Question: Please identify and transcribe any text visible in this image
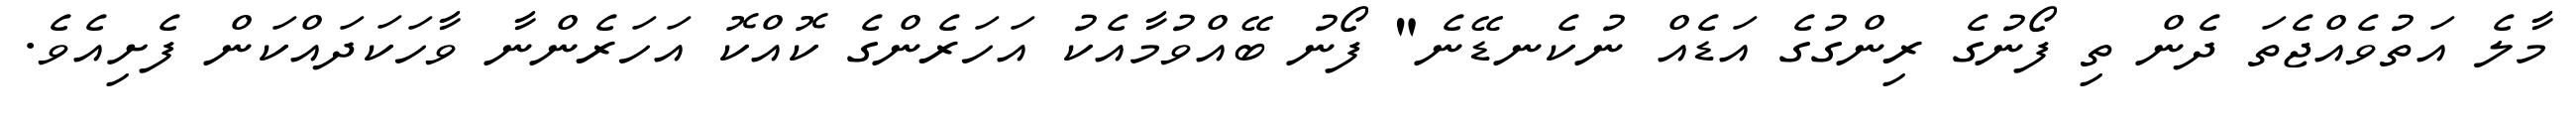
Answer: މާލެ އަތުވެއްޖެތަ ދެން ތި ފޯނުގެ ރިންގުގެ އަޑެއް ނުކެނޑޭނެ" ފޯނު ބޭއްވުމާއެކު އަހަރެންގެ ކޮއްކޮ އަހަރެންނާ ވާހަކަދައްކަން ފެށިއެވެ.